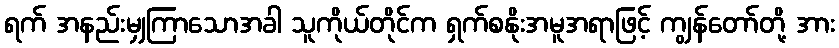
ရက် အနည်းမျှကြာသောအခါ သူကိုယ်တိုင်က ရှက်စနိုးအမူအရာဖြင့် ကျွန်တော်တို့ အား